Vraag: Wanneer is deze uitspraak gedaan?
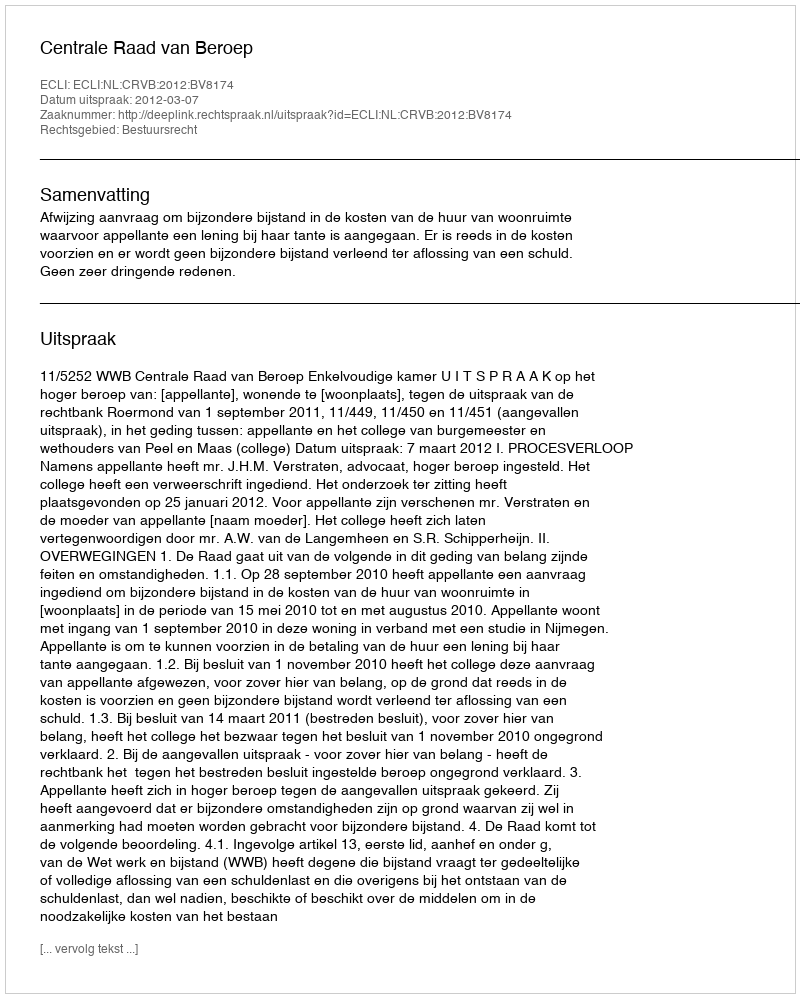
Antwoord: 2012-03-07